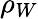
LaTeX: \rho_{W}